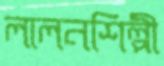
লালনশিল্পী